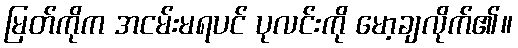
မြတ်ကိုက အငမ်းမရပင် ပုလင်းကို မော့ချလိုက်၏။